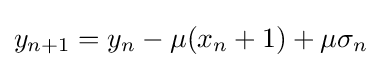
y_{n+1}=y_{n}-\mu (x_{n}+1)+\mu \sigma _{n}